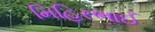
મિહિરભાઈ